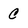
Character: C